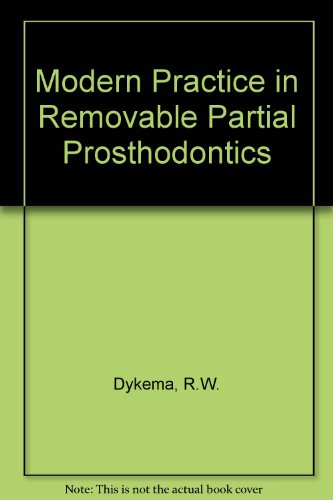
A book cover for Modern Practice in Removable Partial Prosthodontics; Roland W. Dykema; Medical Books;